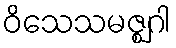
ဝိသေသမဇ္ဈဂါ